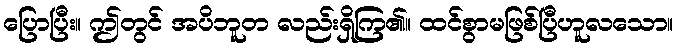
ပြောပြီး။ ဤတွင် အပိဘူတ လည်းရှိကြ၏။ ထင်စွာမဖြစ်ပြီဟူလသော။